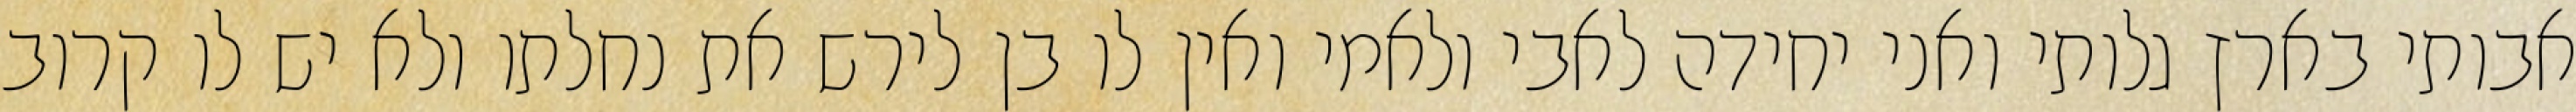
אבותי בארץ גלותי ואני יחידה לאבי ולאמי ואין לו בן לירש את נחלתו ולא יש לו קרוב